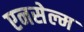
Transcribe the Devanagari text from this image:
एनसेल्म